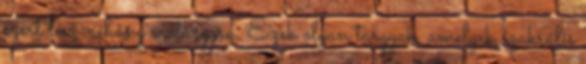
szert tesz néhány erőtárgyra. Ezek olyan tárgyak, amelyek szakrális